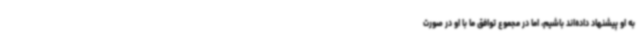
به او پیشنهاد داده‌اند باشیم، اما در مجموع توافق ما با او در صورت